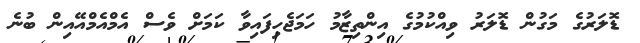
ޑޮލަރުގެ މަގުން ޑޮލަރު ވިއްކުމުގެ އިންތިޒާމު ހަމަޖެހިފައިވާ ކަމަށް ވެސް އެމްއެމްއޭއިން ބުނެ